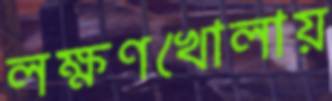
লক্ষণখোলায়